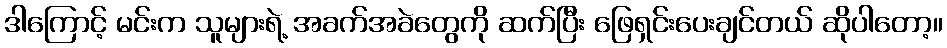
ဒါကြောင့် မင်းက သူများရဲ့ အခက်အခဲတွေကို ဆက်ပြီး ဖြေရှင်းပေးချင်တယ် ဆိုပါတော့။